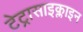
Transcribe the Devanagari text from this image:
टेट्रासाइक्लाइन